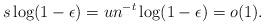
LaTeX: \begin{align*}s \log (1-\epsilon )= {u}{n^{-t}}\log (1-\epsilon )=o(1).\end{align*}